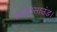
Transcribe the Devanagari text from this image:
अल्ट्रासाउंड।